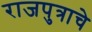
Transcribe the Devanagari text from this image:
राजपुत्राचे